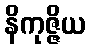
နိကုဇ္ဇိယ